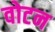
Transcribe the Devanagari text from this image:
वोटन